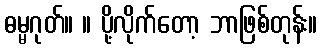
ဓမ္မဂုတ်။ ။ ပို့လိုက်တော့ ဘာဖြစ်တုန်း။